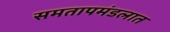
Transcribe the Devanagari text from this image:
समतापमंडलात